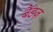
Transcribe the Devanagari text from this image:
बैंडज़